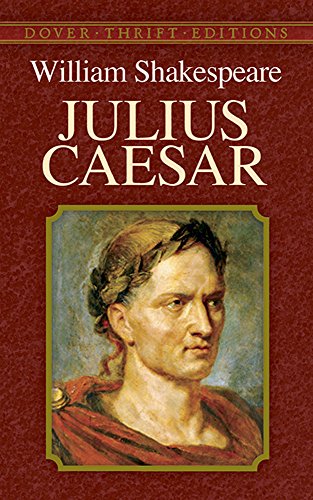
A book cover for Julius Caesar (Dover Thrift Editions); William Shakespeare; Literature & Fiction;